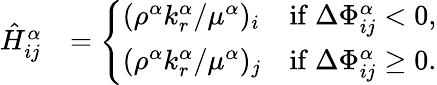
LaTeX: \begin{array}{rl}{\hat{H}_{ij}^{\alpha}}&{=\left\{ \begin{array}{ll}{(\rho^{\alpha}k_{r}^{\alpha}/\mu^{\alpha})_{i}}&{\mathrm{if}~\Delta\Phi_{ij}^{\alpha}<0,}\\ {(\rho^{\alpha}k_{r}^{\alpha}/\mu^{\alpha})_{j}}&{\mathrm{if}~\Delta\Phi_{ij}^{\alpha}\geq 0.}\end{array}\right.}\end{array}